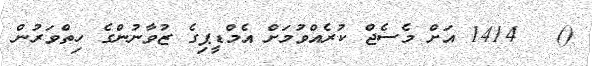
()   1414 އަށް މެސެޖް ކުރެއްވުމަށް އެމްޑީޕިގެ ޒުވާނުންގެ ހިތްވަރުން